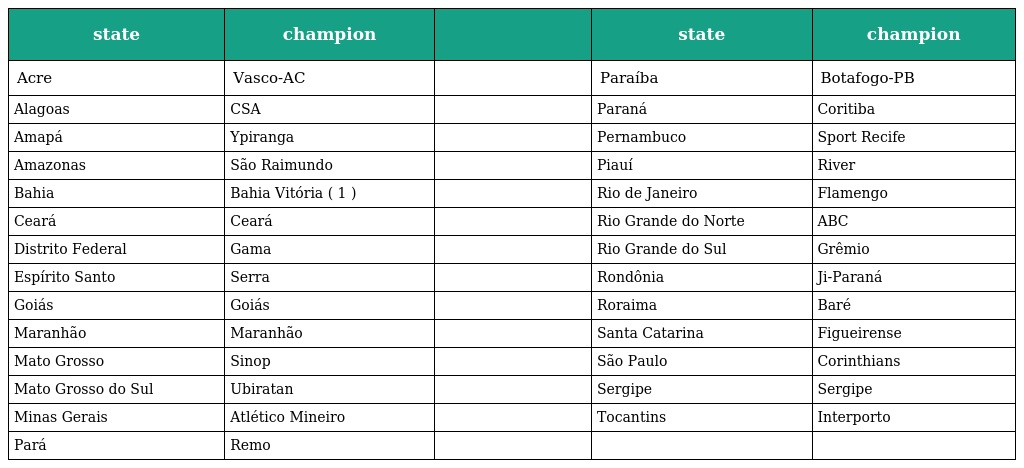
| state | champion |  | state | champion |
 | --- | --- | --- | --- | --- |
 | Acre | Vasco-AC |  | Paraíba | Botafogo-PB |
 | Alagoas | CSA |  | Paraná | Coritiba |
 | Amapá | Ypiranga |  | Pernambuco | Sport Recife |
 | Amazonas | São Raimundo |  | Piauí | River |
 | Bahia | Bahia Vitória ( 1 ) |  | Rio de Janeiro | Flamengo |
 | Ceará | Ceará |  | Rio Grande do Norte | ABC |
 | Distrito Federal | Gama |  | Rio Grande do Sul | Grêmio |
 | Espírito Santo | Serra |  | Rondônia | Ji-Paraná |
 | Goiás | Goiás |  | Roraima | Baré |
 | Maranhão | Maranhão |  | Santa Catarina | Figueirense |
 | Mato Grosso | Sinop |  | São Paulo | Corinthians |
 | Mato Grosso do Sul | Ubiratan |  | Sergipe | Sergipe |
 | Minas Gerais | Atlético Mineiro |  | Tocantins | Interporto |
 | Pará | Remo |  |  |  |